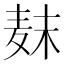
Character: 𱋊